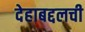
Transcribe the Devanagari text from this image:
देहाबद्दलची